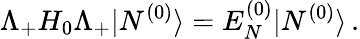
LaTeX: \Lambda_{+}H_{0}\Lambda_{+}|N^{(0)}\rangle=E_{N}^{(0)}|N^{(0)}\rangle\, .